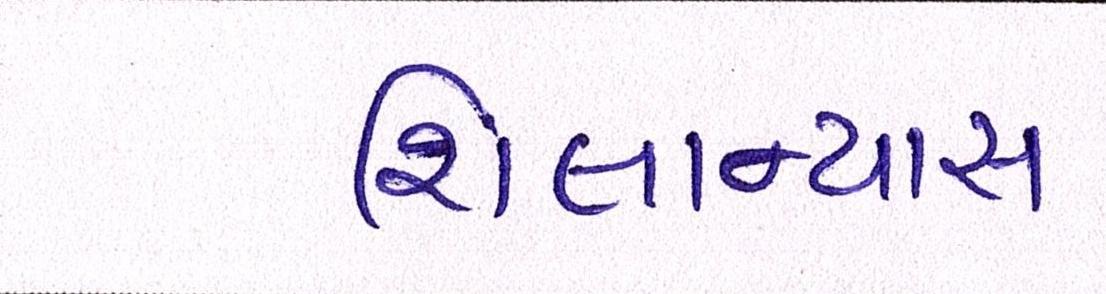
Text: શિલાન્યાસ